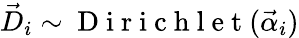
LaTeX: \vec{D}_{i}\sim\mathrm{~D~i~r~i~c~h~l~e~t~}(\vec{\alpha}_{i})